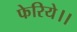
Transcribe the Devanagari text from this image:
फेरिये।।